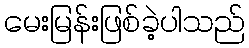
မေးမြန်းဖြစ်ခဲ့ပါသည်